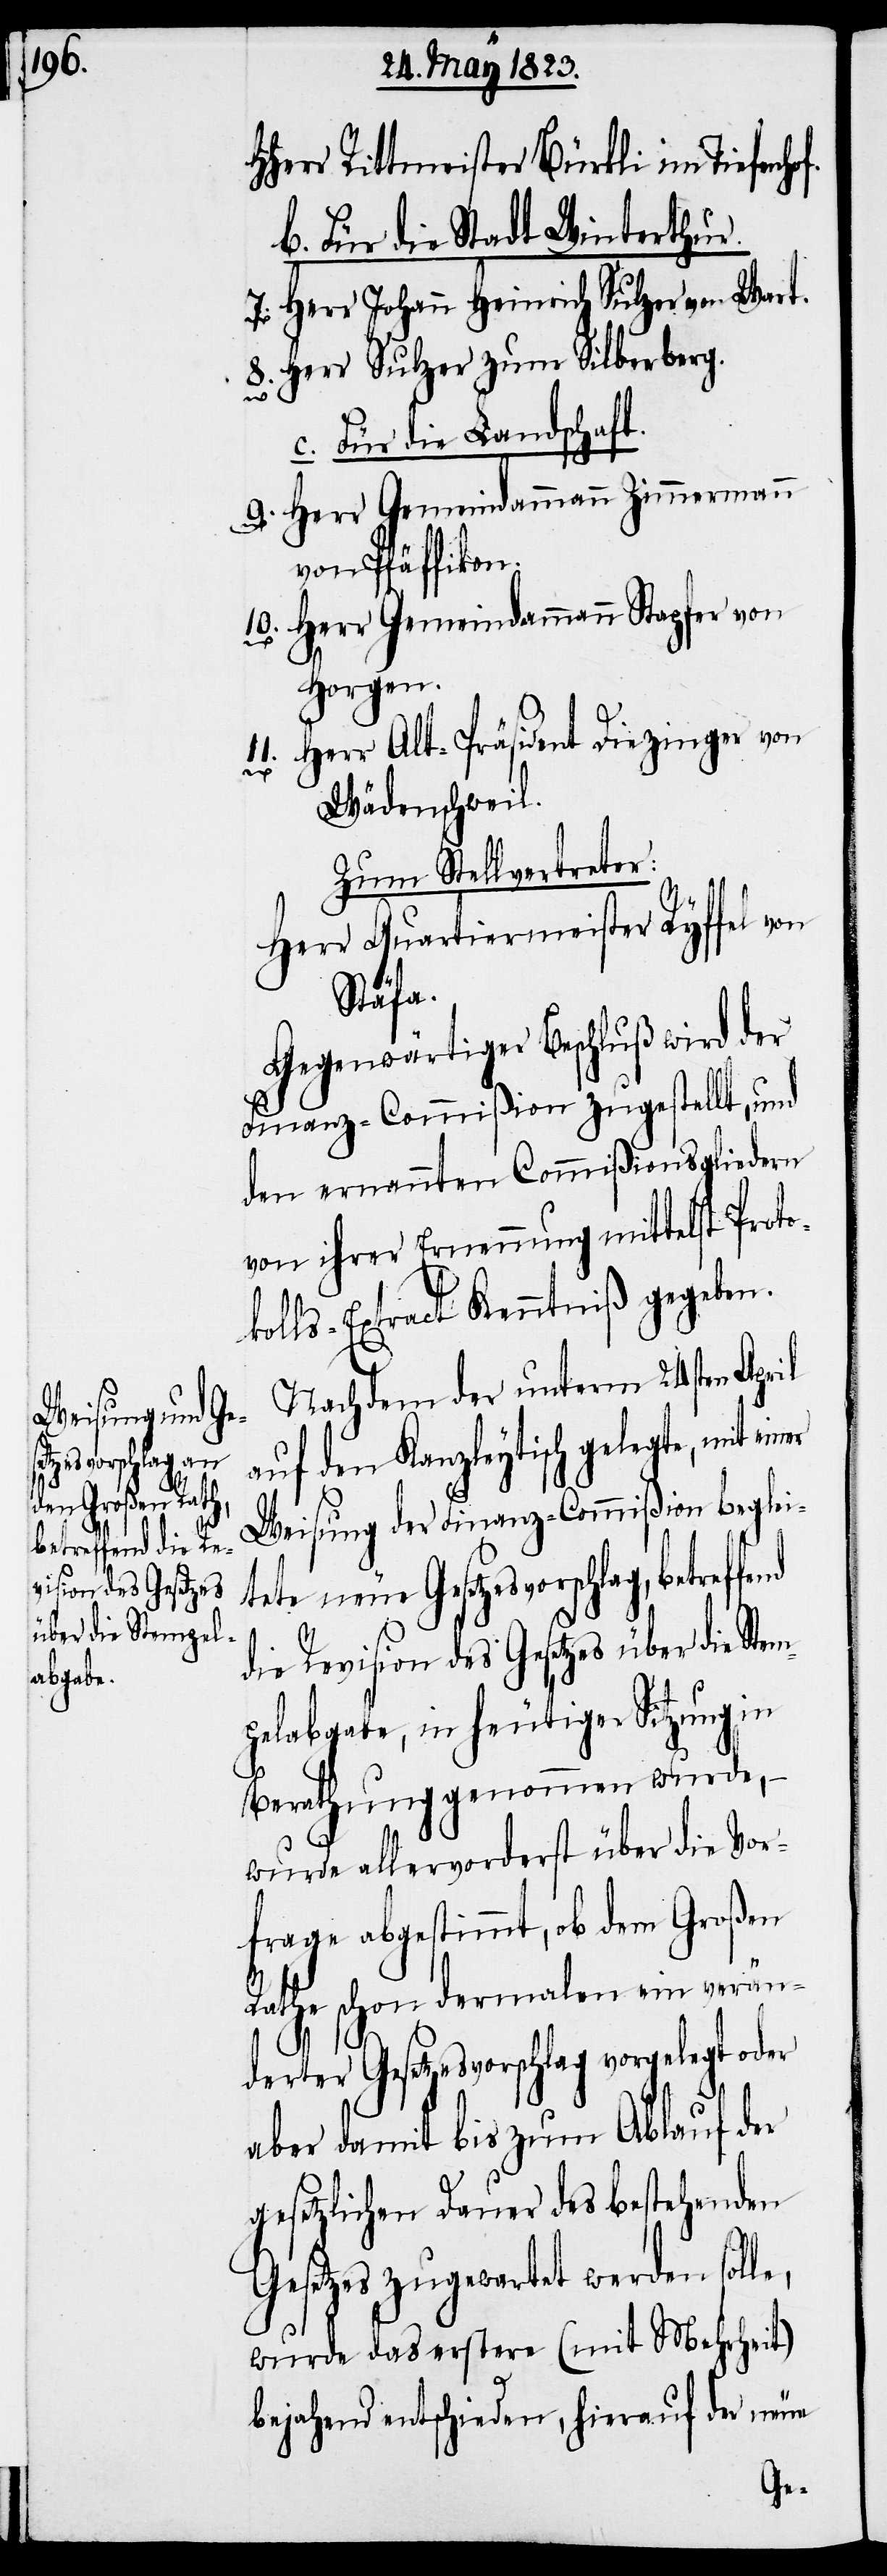
Hherr Rittmeister Bürkli im Tiefenho¬
b. Für die Stadt Winterthur.
e,
c. Für die Landschaft.
10.
von Pfäffikon.
Horgen.
Wädenschweil.
Zum Stellvertreter:
Herr Quartiermeister Ryffel von
Stäfa.
Gegenwärtiger Beschluß wird der
Finanz-Commißion zugestellt, und
den ernannten Commißionsgliedern
von ihrer Ernennung mittelst Proto¬
kolls-Extract Kenntniß gegeben.
Nachdem der unterm 24sten April
auf den Kanzleytisch gelegte, mit ei¬
Weisung der Finanz-Commißion beglei¬
tete neue Gesetzesvorschlag, betref¬
die Revision des Gesetzes über die Stem¬
pelabgabe, in heutiger Sitzung in
Berathung genommen wurde, –
wurde allervorderst über die Vor¬
frage abgestimmt, ob dem Großen
Rathe schon dermalen ein verän¬
derter Gesetzesvorschlag vorgelegt oder
aber damit bis zum Ablauf der
gesetzlichen Dauer des bestehenden
Gesetzes zugewartet werden soll¬
wurde das erstere (mit Mehrheit)
bejahend entschieden, hierauf der neue